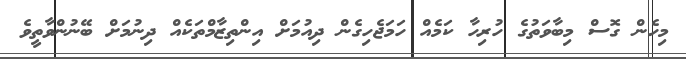
މިހެން ގޮސް މިބާވަތުގެ ހުރިހާ ކަމެއް ހަމަޖެހިގެން ދިއުމަށް އިންތިޒާމްތަކެއް ދިނުމަށް ބޭނުންވާތީވެ